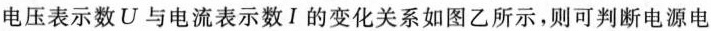
电压表示数U与电流表示数Ⅰ的变化关系如图乙所示，则可判断电源电